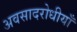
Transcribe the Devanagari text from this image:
अवसादरोधीयाँ